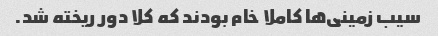
سیب زمینی‌ها کاملا خام بودند که کلا دور ریخته شد.